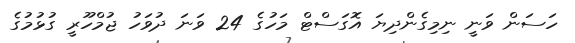
ހަސަން ވަނީ ނިމިގެންދިޔަ އޮގަސްޓް މަހުގެ 24 ވަނަ ދުވަހު ޖުމްހޫރީ ގުޅުމުގެ